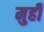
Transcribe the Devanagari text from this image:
मुही